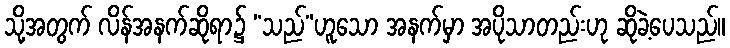
သို့အတွက် လိန်အနက်ဆိုရာ၌ “သည်”ဟူသော အနက်မှာ အပိုသာတည်းဟု ဆိုခဲ့ပေသည်။